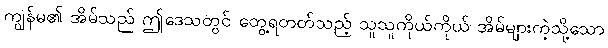
ကျွန်မ၏ အိမ်သည် ဤဒေသတွင် တွေ့ရတတ်သည့် သူသူကိုယ်ကိုယ် အိမ်များကဲ့သို့သော